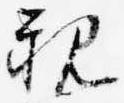
親